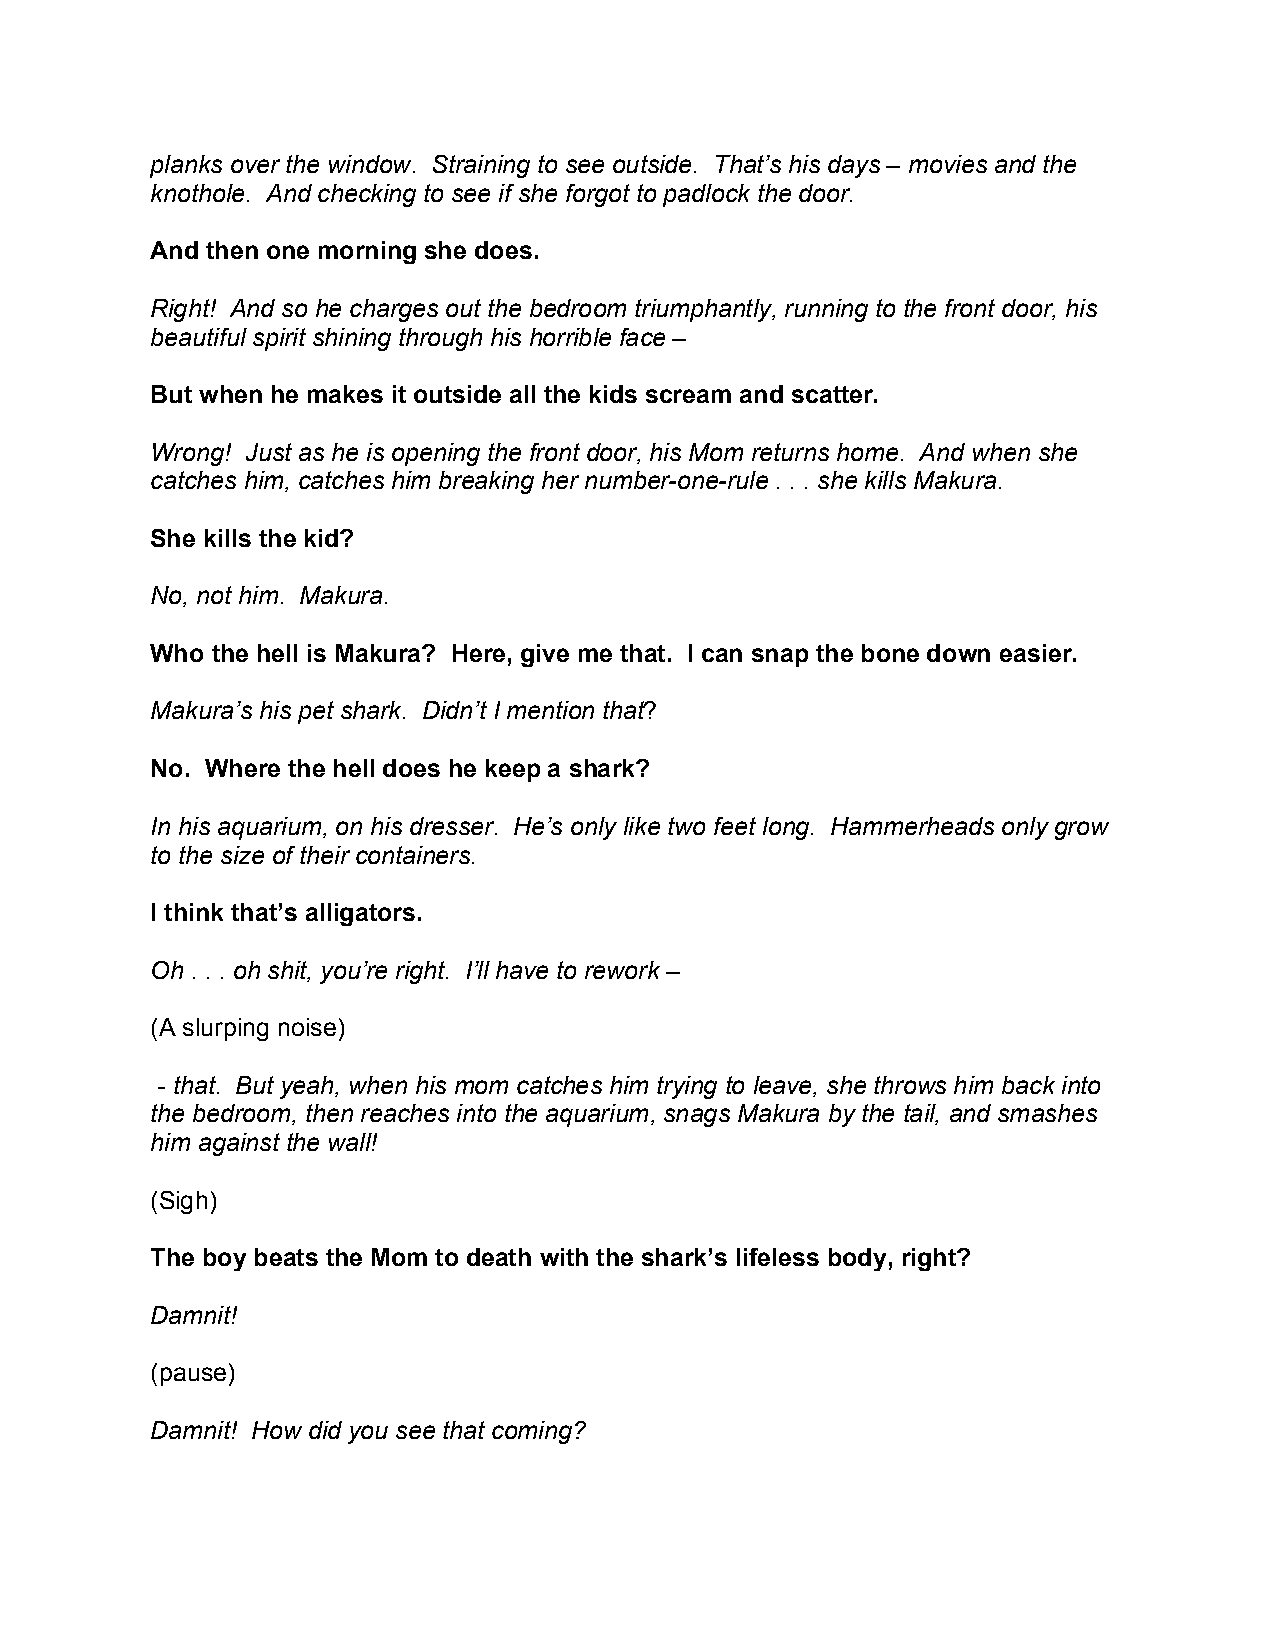
planks over the window. Straining to see outside. That’s his days – movies and the
 knothole. And checking to see if she forgot to padlock the door.
 And then one morning she does.
 Right! And so he charges out the bedroom triumphantly, running to the front door, his
 beautiful spirit shining through his horrible face –
 But when he makes it outside all the kids scream and scatter.
 Wrong! Just as he is opening the front door, his Mom returns home. And when she
 catches him, catches him breaking her number-one-rule . . . she kills Makura.
 She kills the kid?
 No, not him. Makura.
 Who the hell is Makura? Here, give me that. I can snap the bone down easier.
 Makura’s his pet shark. Didn’t I mention that?
 No. Where the hell does he keep a shark?
 In his aquarium, on his dresser. He’s only like two feet long. Hammerheads only grow
 to the size of their containers.
 I think that’s alligators.
 Oh . . . oh shit, you’re right. I’ll have to rework –
 (A slurping noise)
 - that. But yeah, when his mom catches him trying to leave, she throws him back into
 the bedroom, then reaches into the aquarium, snags Makura by the tail, and smashes
 him against the wall!
 (Sigh)
 The boy beats the Mom to death with the shark’s lifeless body, right?
 Damnit!
 (pause)
 Damnit! How did you see that coming?